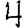
Digit: 4